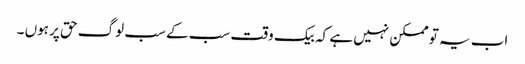
اب یہ تو ممکن نہیں ہے کہ بیک وقت سب کے سب لوگ حق پر ہوں ۔